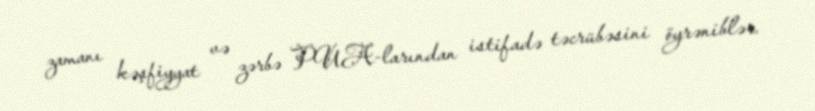
zamanı kəşfiyyat və zərbə PUA-larından istifadə təcrübəsini öyrəniblər.